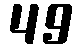
49